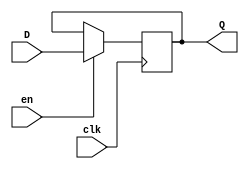
module gated_d_latch (
    input wire D,
    input wire clk,
    input wire en,
    output reg Q
);

always @(posedge clk) begin
    if (en) begin
        Q <= D;
    end
end

endmodule